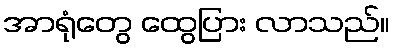
အာရုံတွေ ထွေပြား လာသည်။